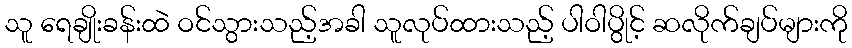
သူ ရေချိုးခန်းထဲ ဝင်သွားသည့်အခါ သူလုပ်ထားသည့် ပါဝါပွိုင့် ဆလိုက်ချပ်များကို